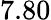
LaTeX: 7.80